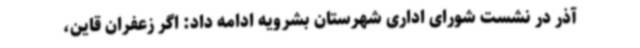
آذر در نشست شورای اداری شهرستان بشرویه ادامه داد: اگر زعفران قاین،